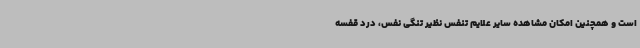
است و همچنین امکان مشاهده سایر علایم تنفس نظیر تنگی نفس، درد قفسه